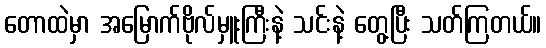
တောထဲမှာ အမြောက်ဗိုလ်မှူးကြီးနဲ့ သင်းနဲ့ တွေ့ပြီး သတ်ကြတယ်။